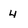
Character: 4